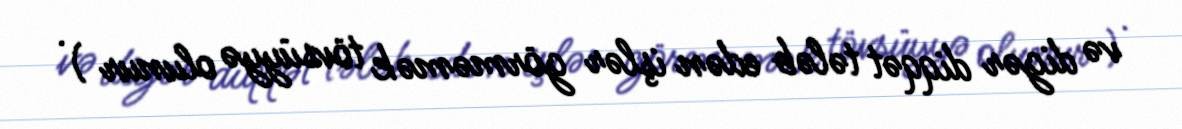
və digər diqqət tələb edən işlər görməmək tövsüyyə olunur ) .